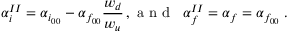
\alpha _ { i } ^ { I I } = \alpha _ { i _ { 0 0 } } - \alpha _ { f _ { 0 0 } } \frac { w _ { d } } { w _ { u } } \, , \textrm { a n d } \; \; \alpha _ { f } ^ { I I } = \alpha _ { f } = \alpha _ { f _ { 0 0 } } \; .